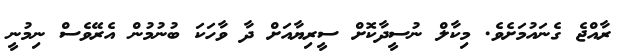
ރާއްޖެ ގެނައުމަށެވެ. މިކާލް ނުސީދާކޮށް ސީރިޔާއަށް ދާ ވާހަކަ ބުނުމުން އެރޭވެސް ނިމުނީ